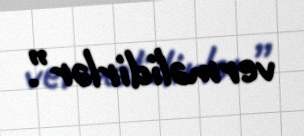
verməlidirlər”.